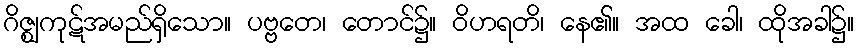
ဂိဇ္ဈကုဋ်အမည်ရှိသော။ ပဗ္ဗတေ၊ တောင်၌။ ဝိဟရတိ၊ နေ၏။ အထ ခေါ၊ ထိုအခါ၌။